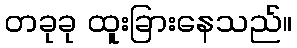
တခုခု ထူးခြားနေသည်။